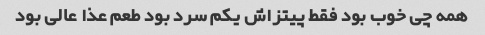
همه چی خوب بود فقط پیتزاش یکم سرد بود طعم عذا عالی بود